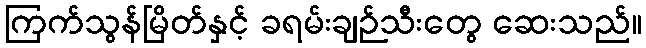
ကြက်သွန်မြိတ်နှင့် ခရမ်းချဉ်သီးတွေ ဆေးသည်။